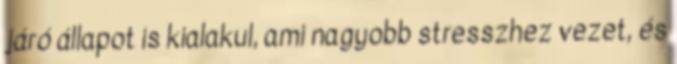
járó állapot is kialakul, ami nagyobb stresszhez vezet, és